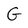
Character: G